Document type: Sale
Year: 1290
Scribe: Miquel Rotllan
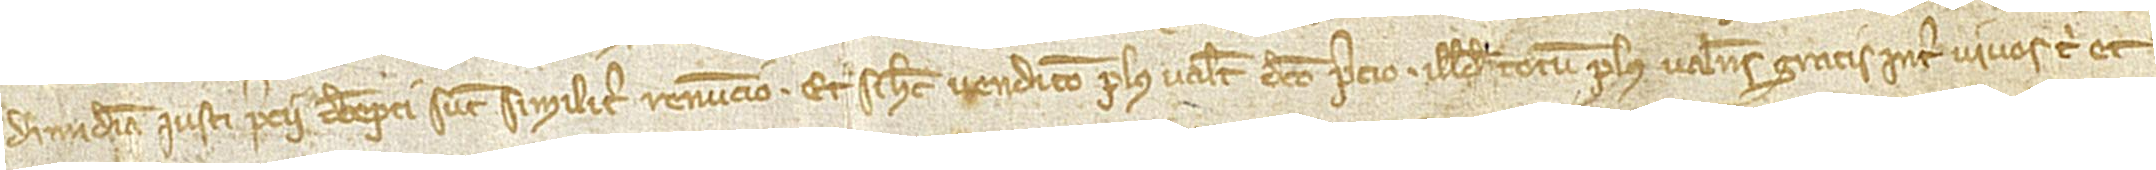
dimidiam iusti precii decepti sunt similiter renuncio. Et si hec vendicio plus valet dicto precio, illud totum plus valens gratis inter vivos tibi et